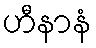
ဟီနာနံ